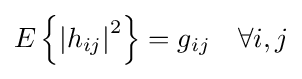
E\left\{\left|h_{ij}\right|^{2}\right\}=g_{ij}\quad \forall i,j